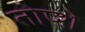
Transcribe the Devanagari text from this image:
तोप्शे